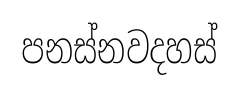
පනස්නවදහස්